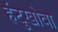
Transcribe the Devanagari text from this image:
हंटुखोवा